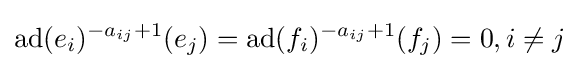
\operatorname {ad} (e_{i})^{-a_{ij}+1}(e_{j})=\operatorname {ad} (f_{i})^{-a_{ij}+1}(f_{j})=0,i\neq j